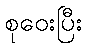
စုဝေးပြီး